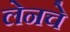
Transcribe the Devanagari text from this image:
लेनचे